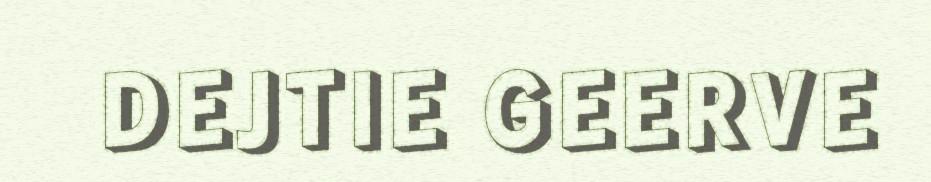
DEJTIE GEERVE